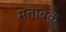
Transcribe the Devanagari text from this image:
मताबक़